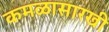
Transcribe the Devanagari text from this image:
कमळासारखी